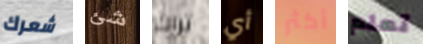
شعرك شئ تراك أي أكثر تعلم